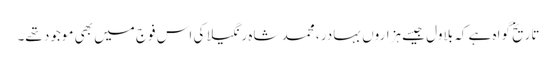
تاریخ گواہ ہے کہ بلاول جیسے ہزاروں بہادر ، محمد شاہ رنگیلا کی اس فوج میں بھی موجود تھے۔